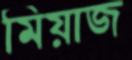
মিয়াজ